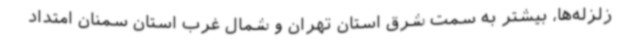
زلزله‌ها، بیشتر به سمت شرق استان تهران و شمال غرب استان سمنان امتداد